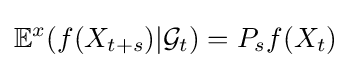
\mathbb {E} ^{x}(f(X_{t+s})|{\mathcal {G}}_{t})=P_{s}f(X_{t})